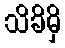
သိခိမှိ